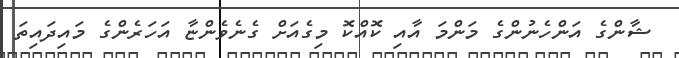
ޝާންގެ އަންހެނުންގެ މަންމަ އާއި ކޮއްކޮ މިގެއަށް ގެނެވެންޏާ އަހަރެންގެ މައިދައިތަ